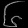
Digit: ၆